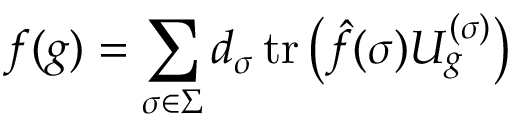
f ( g ) = \sum _ { \sigma \in \Sigma } d _ { \sigma } \operatorname { t r } \left( { \hat { f } } ( \sigma ) U _ { g } ^ { ( \sigma ) } \right)